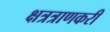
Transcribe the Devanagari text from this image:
क्षत्रत्राणकरी